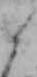
ら